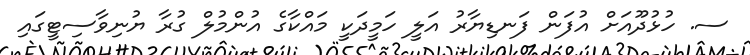
ސ. ހުޅުދޫއަށް އުފަން ފަނޑިޔާރު އަލީ ހަމީދަކީ މައްކާގެ އުންމުލް ގުރާ ޔުނިވާސިޓީގައި